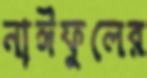
নাঈফুলের